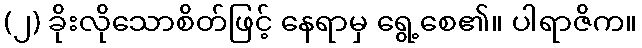
(၂) ခိုးလိုသောစိတ်ဖြင့် နေရာမှ ရွေ့စေ၏။ ပါရာဇိက။